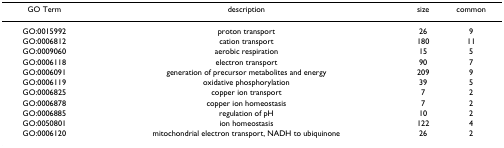
| GO Term | description | size | common |
 | --- | --- | --- | --- |
 | GO:0015992 | proton transport | 26 | 9 |
 | GO:0006812 | cation transport | 180 | 11 |
 | GO:0009060 | aerobic respiration | 15 | 5 |
 | GO:0006118 | electron transport | 90 | 7 |
 | GO:0006091 | generation of precursor metabolites and energy | 209 | 9 |
 | GO:0006119 | oxidative phosphorylation | 39 | 5 |
 | GO:0006825 | copper ion transport | 7 | 2 |
 | GO:0006878 | copper ion homeostasis | 7 | 2 |
 | GO:0006885 | regulation of pH | 10 | 2 |
 | GO:0050801 | ion homeostasis | 122 | 4 |
 | GO:0006120 | mitochondrial electron transport, NADH to ubiquinone | 26 | 2 |